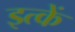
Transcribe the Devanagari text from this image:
इत्कें